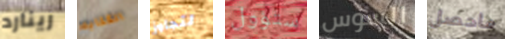
رينارد الكتابه لتجاوز ستؤول السوس ماحصل